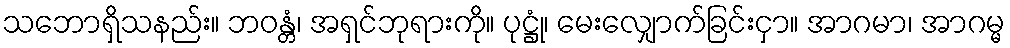
သဘောရှိသနည်း။ ဘဝန္တံ၊ အရှင်ဘုရားကို။ ပုဋ္ဌုံ၊ မေးလျှောက်ခြင်းငှာ။ အာဂမာ၊ အာဂမ္မ